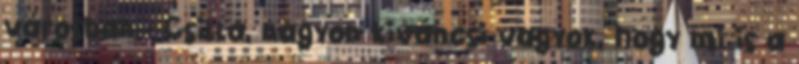
városban:- Csilla, nagyon kiváncsi vagyok, hogy mi is a